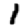
Digit: 1